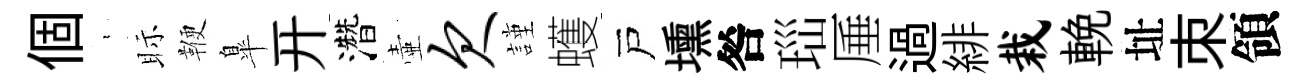
個裊眎鞭臯开濳壷欠謹蠖戸壎咎𤤼厜過緋栽輓址朿領